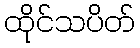
ထိုင်သပိတ်